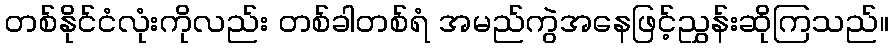
တစ်နိုင်ငံလုံးကိုလည်း တစ်ခါတစ်ရံ အမည်ကွဲအနေဖြင့်ညွှန်းဆိုကြသည်။